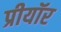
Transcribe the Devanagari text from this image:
प्रीयॉर